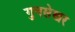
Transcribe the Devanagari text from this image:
गुनसेखर